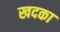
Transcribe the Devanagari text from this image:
खदका